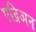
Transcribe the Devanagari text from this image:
एद्रिअन